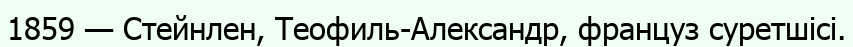
1859 — Стейнлен, Теофиль-Александр, француз суретшісі.